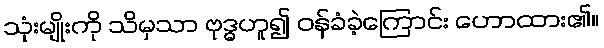
သုံးမျိုးကို သိမှသာ ဗုဒ္ဓဟူ၍ ဝန်ခံခဲ့ကြောင်း ဟောထား၏။